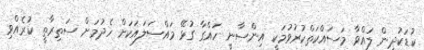
ކުޑަކުދިން ލައްވާ މަސައްކަތްކުރުވުމަކީ އިންސާނީ ހައްގާ ގުޅޭ މައްސަލައަކަށް ހެދުމަށް ސަތިރާތީ ކުރެއްވި